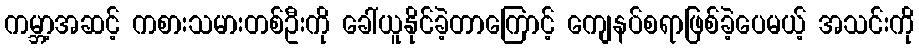
ကမ္ဘာ့အဆင့် ကစားသမားတစ်ဦးကို ခေါ်ယူနိုင်ခဲ့တာကြောင့် ကျေနပ်စရာဖြစ်ခဲ့ပေမယ့် အသင်းကို